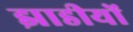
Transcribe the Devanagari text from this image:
झाडीयों